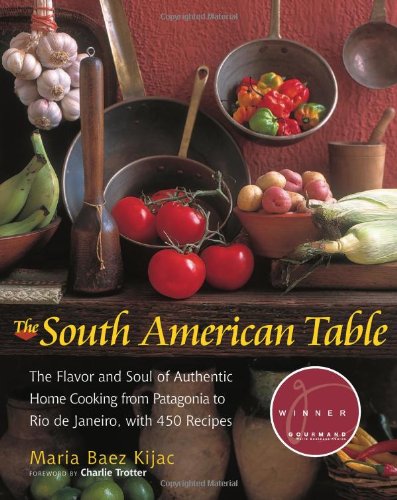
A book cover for The South American Table: The Flavor and Soul of Authentic Home Cooking from Patagonia to Rio de Janeiro, With 450 Recipes (NYM Series); Maria Baez Kijac; Cookbooks, Food & Wine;